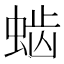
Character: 𰳆